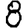
Digit: 8